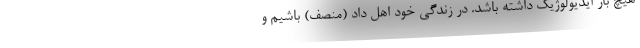
هیچ بار ایدیولوژیک داشته باشد. در زندگی خود اهل داد (منصف) باشیم و